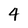
Character: 4